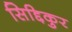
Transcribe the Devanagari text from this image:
सिद्दिकुर